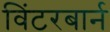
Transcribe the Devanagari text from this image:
विंटरबार्न